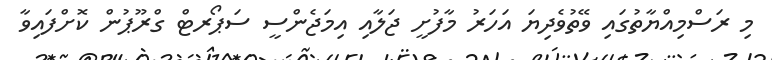
މި ރަސްމިއްޔާތުގައި ވޭތުވެދިޔަ އަހަރު މާފުށީ ޖަލާއި އިމަޖެންސީ ސަޕޯރޓް ގްރޫޕުން ކޮށްފައިވާ